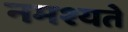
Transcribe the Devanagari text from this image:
नमश्यते